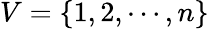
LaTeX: V=\{ 1,2,\cdots,n\}